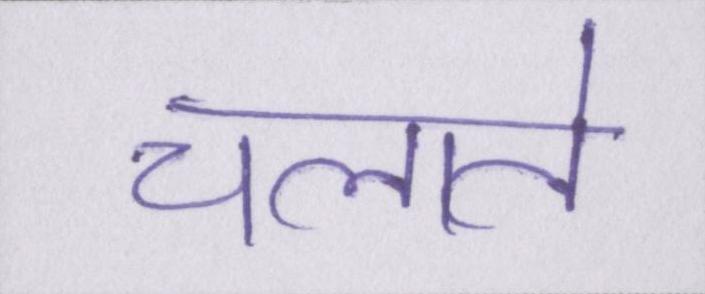
चलाते